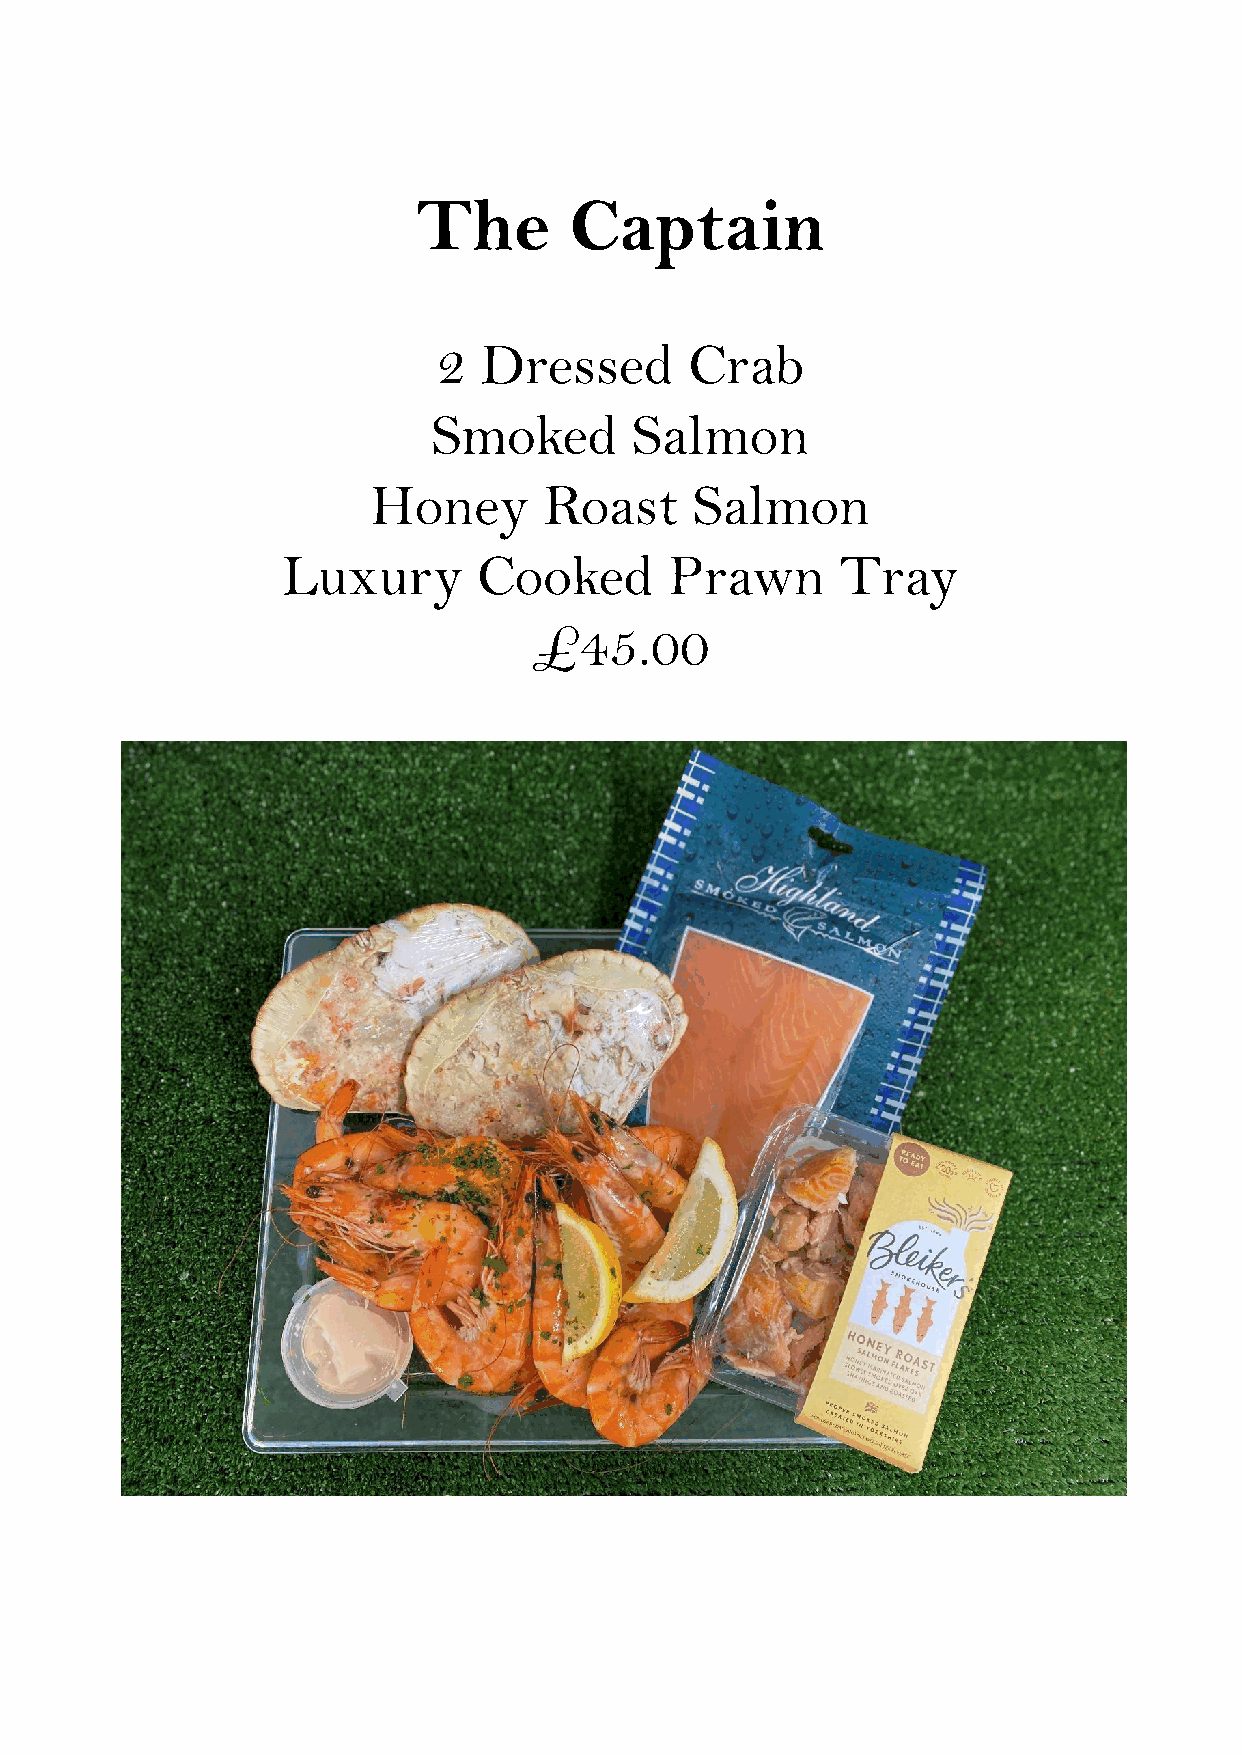
The       Captain
 2  Dressed       Crab
 Smoked       Salmon
 Honey      Roast     Salmon
 Luxury       Cooked      Prawn       Tray
 £45.00